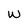
Character: w